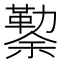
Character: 𰃃